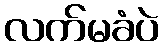
လက်မခံပဲ